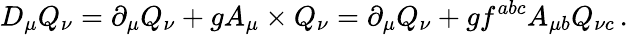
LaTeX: D_{\mu}Q_{\nu}=\partial_{\mu}Q_{\nu}+gA_{\mu}\times Q_{\nu}=\partial_{\mu}Q_{\nu}+gf^{abc}A_{\mu b}Q_{\nu c}\, .